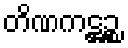
တိဏကဋ္ဌဉ္စ